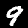
Digit: 9